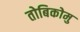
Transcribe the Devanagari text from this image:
तोबिकोमु